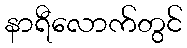
နာရီလောက်တွင်